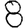
Digit: 8